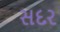
સદર